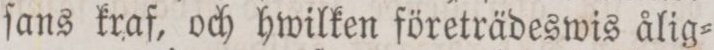
ſans kraf, och hwilken företrädeswis ålig=